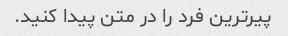
پیرترین فرد را در متن پیدا کنید.